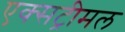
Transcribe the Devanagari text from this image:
एक्सट्रीमल